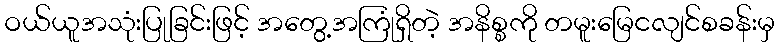
ဝယ်ယူအသုံးပြုခြင်းဖြင့် အတွေ့အကြုံရှိတဲ့ အနိစ္စကို တမူးမြေငလျင်စခန်းမှ